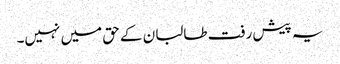
یہ پیش رفت طالبان کے حق میں نہیں۔